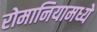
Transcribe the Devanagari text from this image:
रोमानियामध्ये